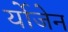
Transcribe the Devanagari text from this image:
र्योजेन